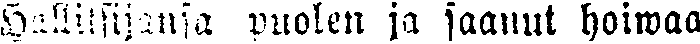
Hallitsijansa puolen ja saanut hoiwaa